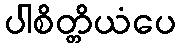
ပါစိတ္တိယံပေ